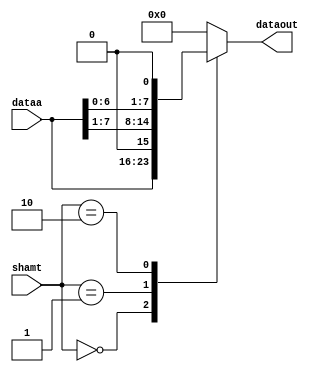
`timescale 1ns / 1ps
module Shift_Unit #(parameter N=8)(
    input [7:0] dataa,
    input [1:0] shamt,
    output reg [7:0] dataout
);

always @(*) begin
    case (shamt)
        2'b00: dataout = dataa; // No hay desplazamiento
        2'b01: dataout = {1'b0, dataa[7:1]}; // desplazamiento a la derecha
        2'b10: dataout = {dataa[6:0], 1'b0}; // desplazamiento a la izquierda
        default: dataout = {N{1'b0}}; 
    endcase
end

endmodule